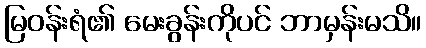
မြဝန်းရံ၏ မေးခွန်းကိုပင် ဘာမှန်းမသိ။